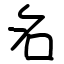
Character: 名